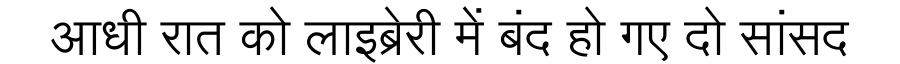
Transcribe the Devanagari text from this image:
आधी रात को लाइब्रेरी में बंद हो गए दो सांसद